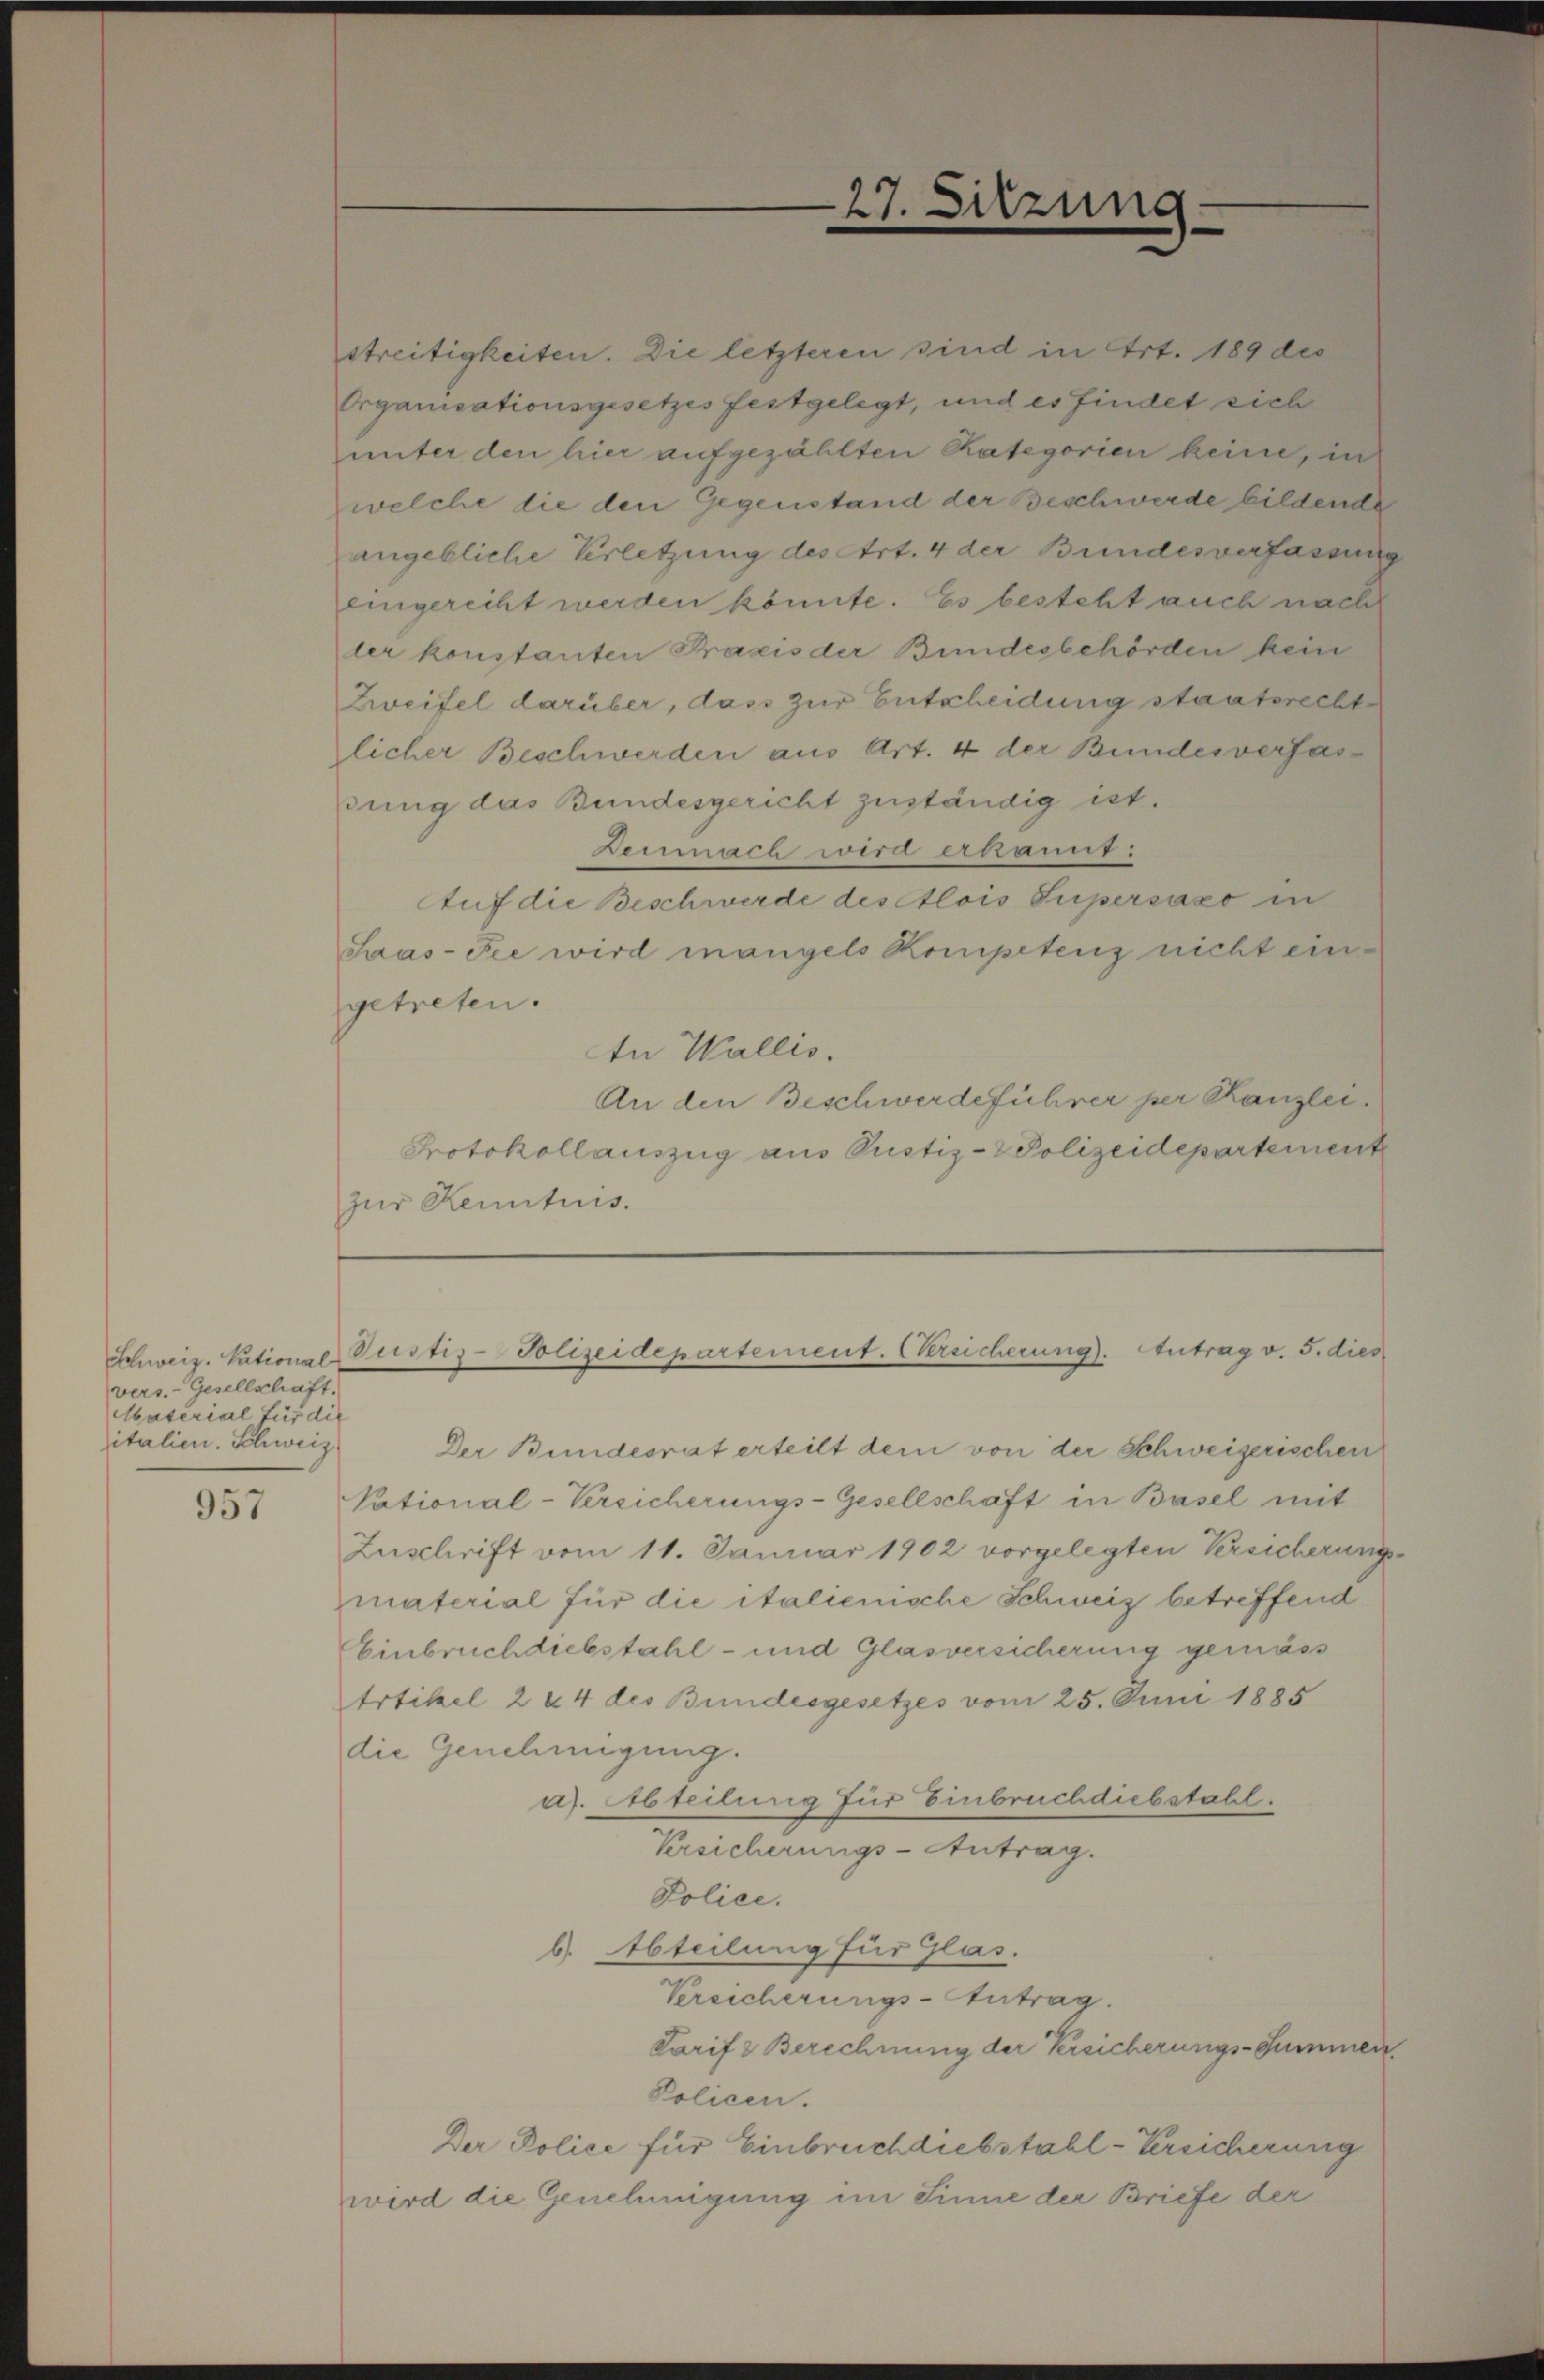
vers.-Gesellschaft.
Material für die
italien. Schweiz.

957

streitigkeiten. Die letzteren sind in Art. 189 des
Organisationsgesetzes festgelegt, und es findet sich
unter den hier aufgezählten Kategorien keine, in
welche die den Gegenstand der Beschwerde bildende
angebliche Verletzung des Art. 4 der Bundesverfassung
eingerecht werden könnte. Es besteht auch nach
ler konstanten Praxis der Bundesbehörden kein
Zweifel darüber, dass zur Entscheidung staatsrecht
licher Beschwerden aus Art. 4 der Bundesverfasdung das Bundesgericht zuständig ist.
Demnach wird erkannt:
Auf die Beschwerde des Alois Supersázo in
Saas-Fee wird mangels Kompetenz nicht ein
getreten.
tn Wallis.
An den Beschwerdeführer per Kanzlei.
Protokollauszug aus Justiz- & Polizeidepartement
zur Kenntnis.

27. Sitzung.

Schweiz. Pational Justiz-Polizeidepartement. (Vereicherung). Antrag v. 5. dies

Der Bundesrat erteilt dem von der Schweizerischen
Vational-Versicherungs-Gesellschaft in Basel mit
Zuschrift vom 11. Januar 1902 vorgelegten Versicherungsmaterial für die italienische Schweiz betreffend
Einbruchdiebstahl- und Glasversicherung gemäss
trtikel 2 & 4 des Bundesgesetzes vom 25. Juni 1885
die Genehmigung.
as. Abteilung für Einbruch diebstahl.
Versicherungs-Antrag.
Police.
b. Abteilung für Glas.
Versicherungs-Antrag.
Tarif z Berechnung der Versicherungs-Summen
Policen.
Der Police für Einbruch diebstahl-Versicherung
wird die Genehmigung im Sinne der Briefe der